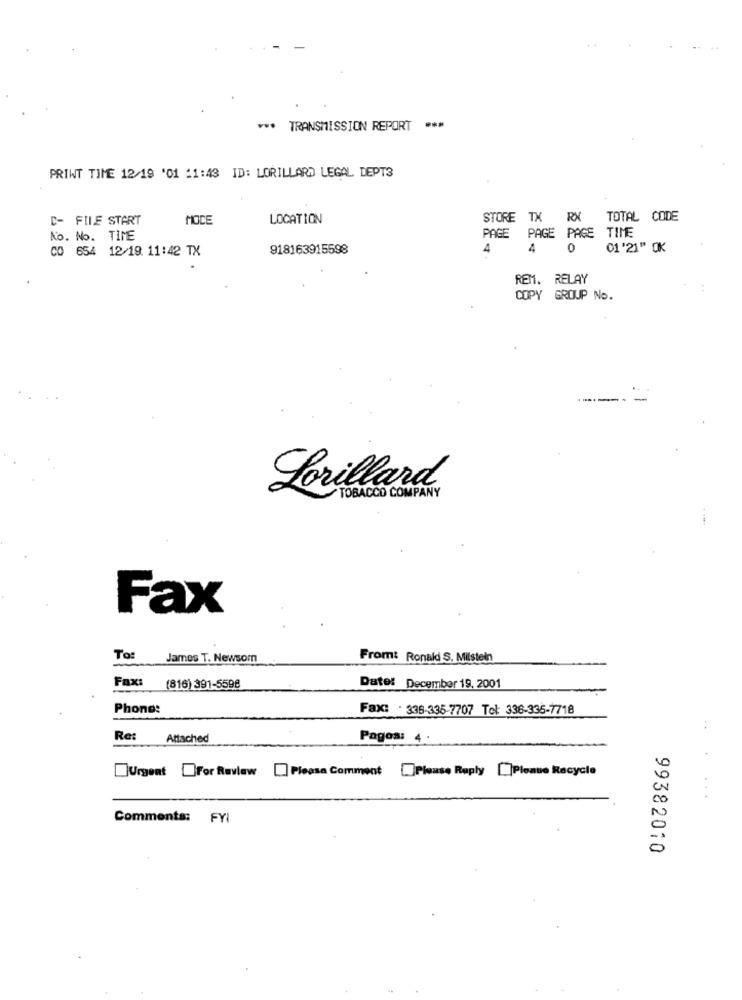
...
TRANSMISSION REPORT ***
PRINT TIME 12/19 '01 11:43 ID: LORILLARD LEGAL DEPT3
D- FILE START
MOCE
LOCATION
STORE TX RX
TOTAL CODE
Ko. No. TIME
PAGE PAGE PAGE TIME
CO 654 12/19. 11:42 TX
918163915598
4
0
01'21" OK
REM. RELAY
COPY GROUP No.
-
Lorillard
TOBACCO COMPANY
Fax
To:
James T. Newsom
From: Ronald S. Milstein
Fax:
(816) 391-5598
Date: December 19, 2001
Phone:
Fax: . 335-335-7707 Tel: 336-335-7718
Re:
Attached
Pagos: 4.
Urgent For Review
Please Comment
Please Reply [Please Recycle
...
Comments: FYI
99382010